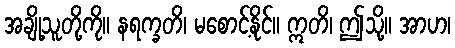
အချို့သူတို့ကို။ နရက္ခတိ၊ မစောင့်နိုင်။ ဣတိ၊ ဤသို့။ အာဟ၊